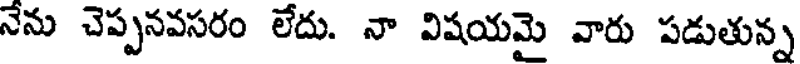
నేను చెప్పనవసరం లేదు. నా విషయమై వారు పడుతున్న